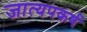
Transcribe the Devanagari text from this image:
जात्यपकर्ष